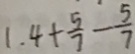
1 . 4 + \frac { 5 } { 7 } - \frac { 5 } { 7 }